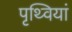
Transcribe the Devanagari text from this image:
पृथ्वियां